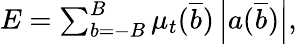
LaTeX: \begin{array}{r}{E=\sum_{b=-B}^{B}\mu_{t}(\overline{{b}})\left|a(\overline{{b}})\right|,}\end{array}